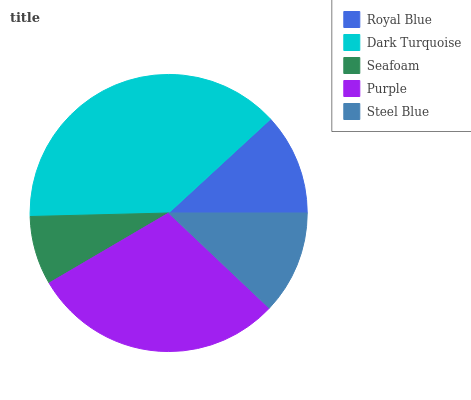
| Royal Blue | Dark Turquoise | Seafoam | Purple | Steel Blue |
 | --- | --- | --- | --- | --- |
 | 11.9% | 38.5% | 8.04% | 29.5% | 12.1% |